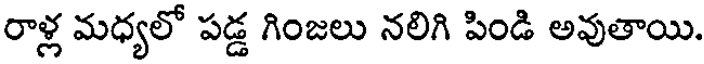
రాళ్ల మధ్యలో పడ్డ గింజలు నలిగి పిండి అవుతాయి.